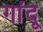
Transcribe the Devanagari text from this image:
गांदू